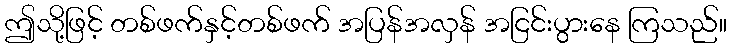
ဤသို့ဖြင့် တစ်ဖက်နှင့်တစ်ဖက် အပြန်အလှန် အငြင်းပွားနေ ကြသည်။